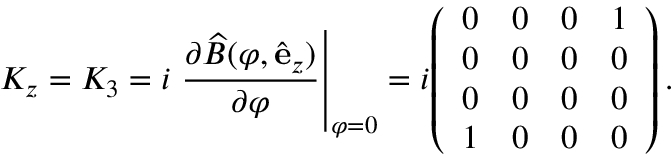
K _ { z } = K _ { 3 } = i \left. { \frac { \partial { \widehat { B } } ( \varphi , { \hat { \mathbf { e } } } _ { z } ) } { \partial \varphi } } \right| _ { \varphi = 0 } = i { \left( \begin{array} { l l l l } { 0 } & { 0 } & { 0 } & { 1 } \\ { 0 } & { 0 } & { 0 } & { 0 } \\ { 0 } & { 0 } & { 0 } & { 0 } \\ { 1 } & { 0 } & { 0 } & { 0 } \end{array} \right) } \, .